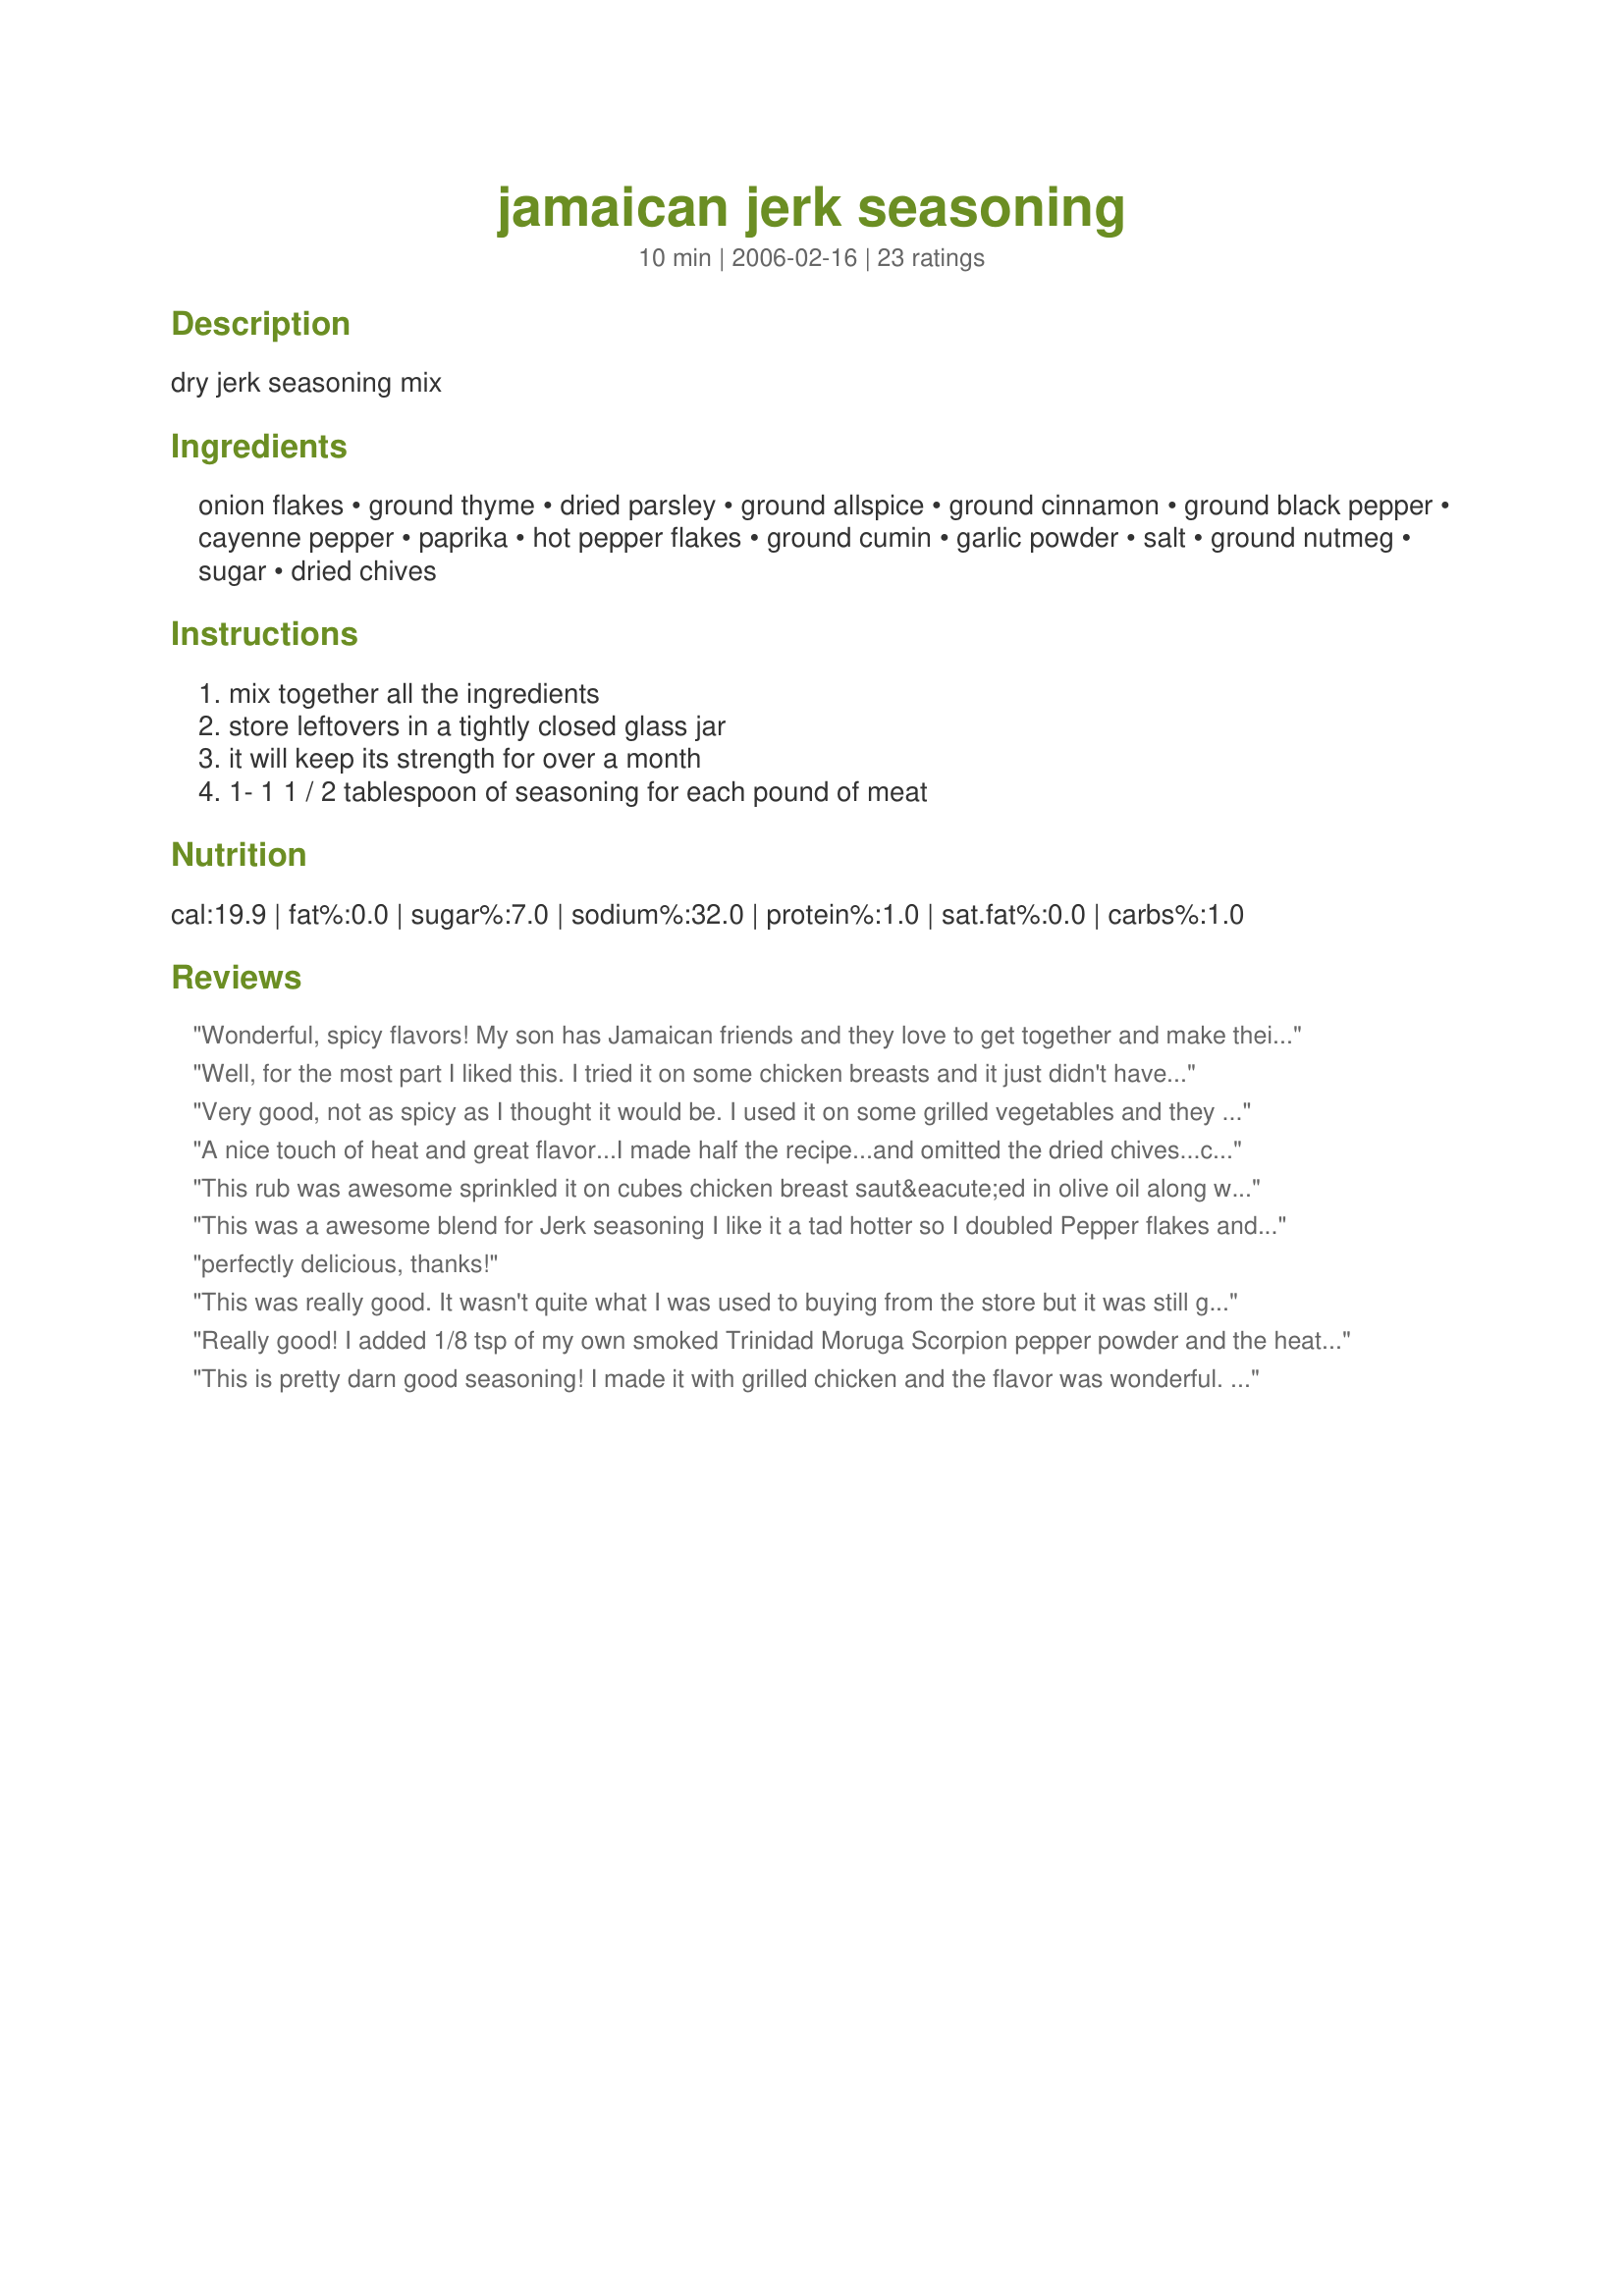
jamaican jerk seasoning
Preparation time: 10 minutes

dry jerk seasoning mix

Ingredients:
onion flakes, ground thyme, dried parsley, ground allspice, ground cinnamon, ground black pepper, cayenne pepper, paprika, hot pepper flakes, ground cumin, garlic powder, salt, ground nutmeg, sugar, dried chives

Steps:
mix together all the ingredients, store leftovers in a tightly closed glass jar, it will keep its strength for over a month, 1- 1 1 / 2 tablespoon of seasoning for each pound of meat

Reviews:
Wonderful, spicy flavors! My son has Jamaican friends and they love to get together and make their own jerk mixes, so I will give this to him for Christmas! Thanks Rita!
Well, for the most part I liked this. I tried it on some chicken breasts and it just didn't have that sweet heat that jerk seasoning should have. I ended up making a glaze out of pureed pineapple with a bit of sriracha mixed in and brushing that over the chicken breasts a minute or so before they came off the heat. The spice mix has plenty of the spicy heat to it, but not that sweetness that I would expect. I'll probably try it again but add more brown sugar and tweak the rest of the ingredients up and down a bit.
Very good, not as spicy as I thought it would be. I used it on some grilled vegetables and they had a very nice flavor, but were not spicy. Thanks.
A nice touch of heat and great flavor...I made half the recipe...and omitted the dried chives...cuz I didn't have any so used a touch of fresh with my fish I made for dinner...I have plenty left for using on my future meals. Thanks for posting it! :)
This rub was awesome sprinkled it on cubes chicken breast saut&eacute;ed in olive oil along with mini red and orange pepper rings and onions. Will definitely serve again
This was a awesome blend for Jerk seasoning I like it a tad hotter so I doubled Pepper flakes and cayenne pepper turned some of the best I had ever had
perfectly delicious, thanks!
This was really good. It wasn't quite what I was used to buying from the store but it was still good. On the other hand, my husband is a HUGE fan. He's been putting it on everything that goes on the grill and it's been wonderful. Thank you for posting!
Really good! I added 1/8 tsp of my own smoked Trinidad Moruga Scorpion pepper powder and the heat and smokiness was wonderful! I mixed in a couple tablespoon of vinegar to make a paste and then smeared it on some burgers before grilling them up. The result is a really awesome crunchy salty, sweet outer coating to the burger. Great stuff! This recipe was enough to coat #4 , quarter pound burgers.
This is pretty darn good seasoning! I made it with grilled chicken and the flavor was wonderful. Nice way to make chicken different. I can't wait to try this on some veges or steak! Made for ZWT 5 - Jammin Java Jivers
Rita, what can I say other then WOW! With it being so hot here and our AC being out, I wanted something light and simple for dinner that wouldn't heat up the house. I made a batch of chicken salad then decided to kick it up a notch so I added your seasoning blend it was wonderful! I can't wait to try it on other dishes. Made and reviewed for the 12th Veg*n Swap.
This is an excellent jerk seasoning. I used it for Recipe #296358. I knew there was no point in going out to buy seasoning when I could find something better and fresher right here. I made this exactly as directed, which is a stretch for me. It is perfect as it stands with all spices I have in my pantry right now. Thanks so much Rita! :)
Made your seasoning and tried it out on recipe#156341. My son's the BBQ chef in our family and he took the rest to be used on ribs this coming weekend. I'll update then.
This was really good. I left out the thyme because I recently realized that I don't care for it. I used this seasoning for recipe #156500 and I'm looking forward to using the leftover seasoning! Made for ZWT5.
This is very good; I put it on some sliced zucchini for a side dish but beware-don't use too much as I did & it was too hot for my sensitive tongue! I even cut the cayenne in half-but I am a little wimpy with the hotness :-). I also cut the chives, sugar & black pepper in half-and used a lot less salt. Will try this on chicken!
My first attempt at this type of seasoning, and I thought this particular recipe was subtle and definitely not too hot. I rubbed on tofu which I pressed overnight. Then I added some additional lime sauce to grill. My recommendation is to add lime sauce for soak overnight, but I really loved this anyway. I compared to Rita's cajun seasoning, and the cajun was hotter but the jerk was tastier. Thanks Rita, looking forward to inventive ways to use leftovers (including on veggies)!
Made as directed. Great flavor, this is one to keep in the spice cabinet, I will never eat steak without it.
Thanks Rita L.
This was a good solid recipe for jerk chicken spice. I actually used it for a vegetarian dish with cabbage and mayacoba beans. Served over brown rice. Excellent!
This is a wonderful seasoning! I used it in a recipe calling for jerk seasoning. I will definitely make some more up to keep in my pantry. Thanks for posting!
Very good and very easy! I adore the smell, and it tastes wonderful! I made this to use very successfully with Recipe #155037.

Made for ZWT 5 - Jammin Java Jivers
Hands down simply the best!!!!! Oh my holy wow this stuff is good!! Way better than the crap you can buy at the store that has msg in it. Made exactly as in the recipe and lovin' it!
I put this on some chicken drumsticks and thighs that I rubbed with olive oil and then grilled them. They disappeared before the beer was all drank up. This is THE best Jerk seasoning that I have had.
Great stuff!
